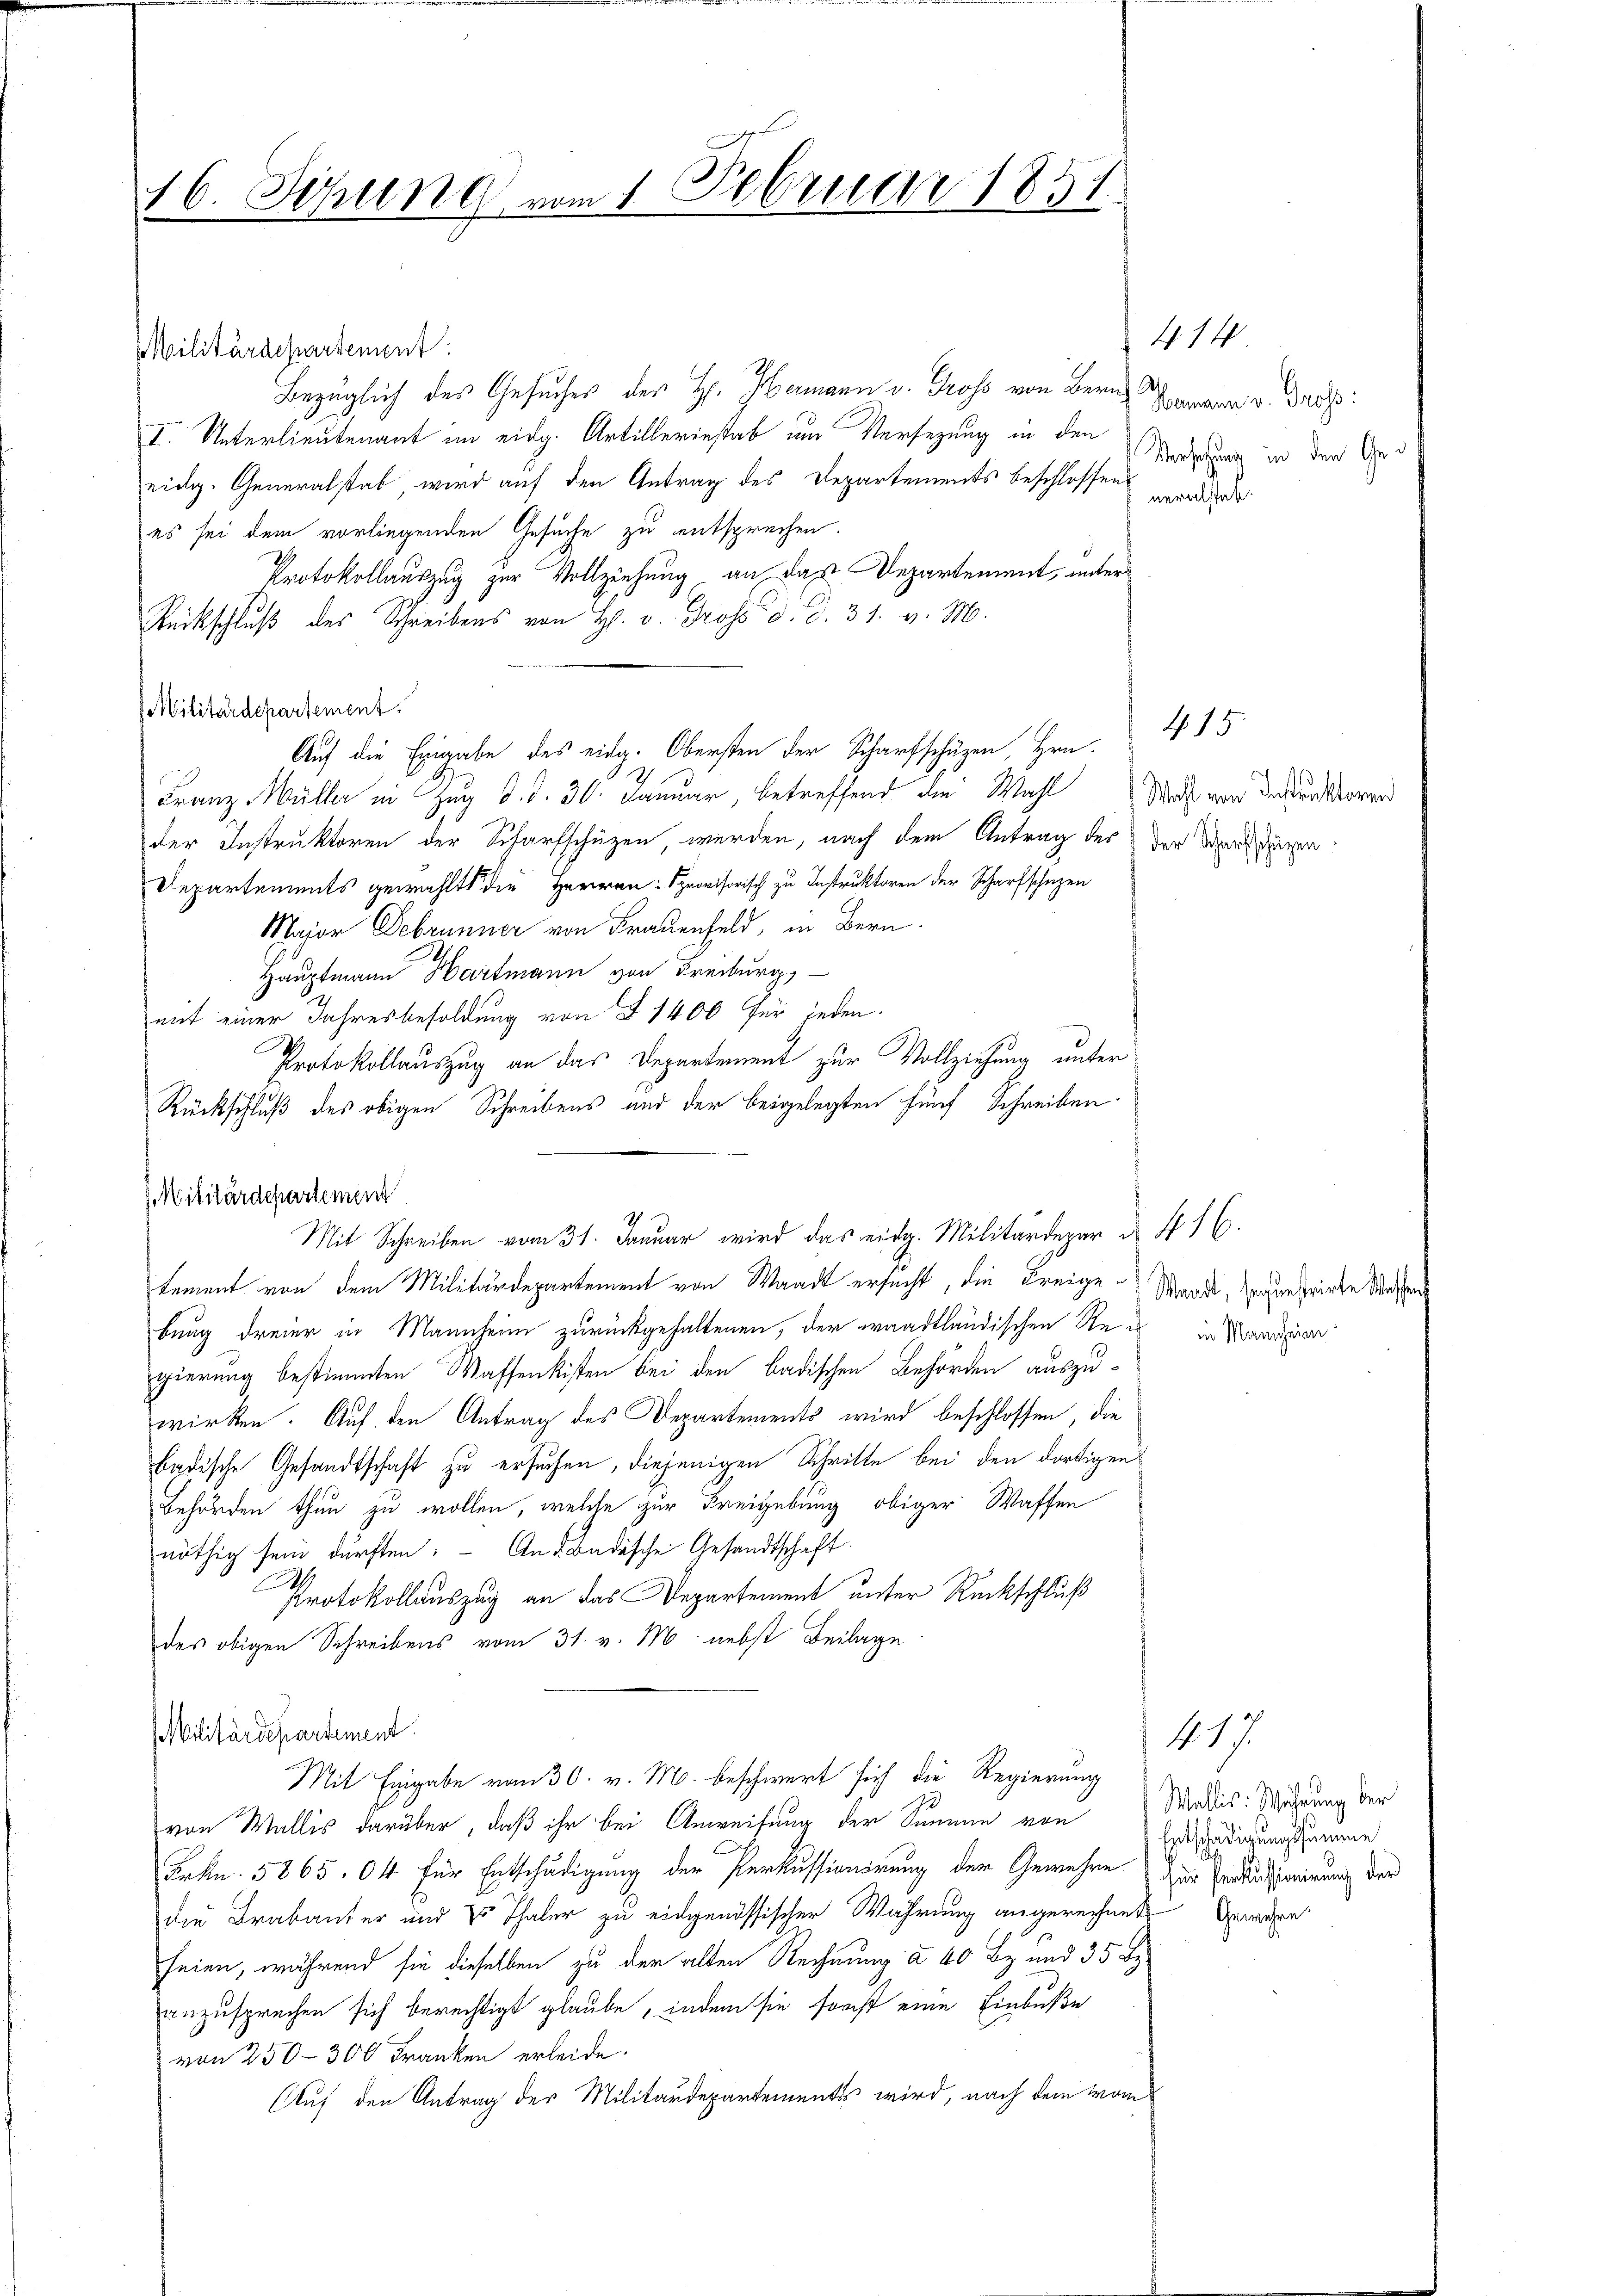
16. Sitzung vom 1. Februar 1851

Militärdepartement:
Bezüglich des Gesuches des H. Hamann v. Gross von Bern
I. Unterlieutenant im eidg. Artilleriestab um Versezung in den
eidg. Generalstab wird auf den Antrag des Departements beschlossen worden
es sei dem vorliegenden Gesuche zu entsprechen.
Protokollauszug zur Vollziehung an das Departement, unter
Rückschluß des Schreibens von H. v. Gross d. d. 31. v. M.
Militärdepartement.
Auf die Exigabe des eidg. Obersten der Scharfschüzen, Hrn.
Franz Müller in Zug d. d. 30. Januar, betreffend die Wahl
der Instruktoren der Scharfschützen, werden, nach dem Antrag des der Ward den
Departements gewählt die Herren Sprovisorisch zu Instruktoren der Scharfschuzen
Maior Debrunner von Frauenfeld, in Bern.
Hauptmann Hartmann von Freiburg,
mit einer Jahresbesoldung von § 1400 für jeden.
Protokollauszug an das Departement zur Vollziehung unter
Rückschluß des obigen Schreibens und der beigelegten fünf Schreiben
Militärdepartement
tement von dem Militärdepartement von Waadt ersucht, die Freige Waadt, sondern spriete Wassen
bung dreier in Mannheim zurückgehaltenen, der waadtländischen Re- in Manderen
gierung bestimmten Waffenkisten bei den badischen Behörden auszuwirken. Auf den Antrag des Departements wird beschlossen, die
badische Gesandtschaft zu ersuchen, diejenigen Schritte bei den dortigen
Behörden thun zu wollen, welche zur Freigebung obiger Waffen
nöthig sein dürften: An d. Badische Gesandtschaft
Protokollauszug an das Departement unter Rückschluß
des obigen Schreibens vom 31. v. M. nebst Beilage
Militärdepartement.
Mit Eingabe vom 30. v. M. beschwert sich die Regierung
von Wallis darüber, daß ihr bei Anweisung der Summe von
Frkn. 5865. 64 für Entschädigung der Perkussionirung der Gewehre
die Brabanter und 4 Thaler zu eidgenössischer Wahrung angerechnete Gewähre
seien, während sie dieselben zu der alten Rechnung à 40 Bz. und 35 b
anzusprechen sich berechtigt glaube, indem sie sonst eine Einbuße
von 250–300 Franken erleide.
Auf den Antrag des Militärdepartements wird, nach dem vom

Mit Schreiben vom 31. Januar wird das eidg. Militärdepar u. 416.

414.
Hermann v. Gross.
Versetzung in den Ge¬

Wahl von Instruktoren

G. 15.

417
Wallis: Währung der
Entschädigungssumme
Für Perkussionirung der